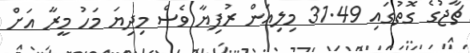
ޗާޖުގެ ގޮތުގައި 31.49 މިލިއަން ރުފިޔާ ވެސް މިދިޔަ މަހު މީރާ އަށް